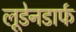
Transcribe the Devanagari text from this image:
लूडेनडार्फ